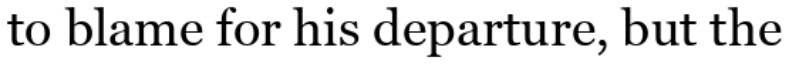
to blame for his departure, but the